system: You are a helpful assistant.
user:
Analyze the provided spectrum to determine if it is a **S-type Star**.

- **Key Indicators for S-type Star:**

    - **(Overall Spectrum Shape):** The first and most obvious characteristic is the overall continuum (the "baseline" shape). It is **extremely "red-sloping,"** meaning the flux (light intensity) is very low on the left side (blue, ~4000-4500 Å) and rises steeply and continuously toward the right side (red, ~7000 Å+).

    - **(Primary):** The spectrum is defined by the presence of strong, broad molecular absorption "valleys" (bands) from **Zirconium Oxide (ZrO)**. The identification of these bands is the **primary requirement** for classifying a star as S-type.
        - **(Key Bandheads):** You must find distinct, deep "dips" where the light has been absorbed. The most critical band systems to locate are:
            - **~6474 Å** ($\gamma$-system): This is often the strongest and clearest ZrO feature, found in the red part of the spectrum.
            - **~5718 Å** & **~5551 Å** ($\beta$-system): A pair of prominent absorption features in the yellow-orange part of the spectrum.
            - **~4640 Å** ($\alpha$-system): A key absorption band system in the blue-green region of the spectrum.

    - **(Secondary Confirmation):** The classification is strengthened by finding additional absorption bands from other related heavy element oxides, which are expected to be present alongside ZrO.
        - **(Key Bandheads):**
            - **Yttrium Oxide (YO):** Look for absorption dips near **~4800 Å** and **~6100 Å**.
            - **Lanthanum Oxide (LaO):** Additional absorption features, particularly in the red-orange part of the spectrum, are also characteristic.

    - **(Line Profile):** The combination of the steep red continuum and these numerous, deep molecular bands (ZrO, YO, etc.) gives the entire spectrum a very **"chopped-up"** or **"bumpy"** appearance. Instead of a smooth curve, the spectrum looks as though large, wide chunks of light have been "carved out" of it at the specific wavelengths listed above.

Think first, call **spectral_visualization_tool** if needed to examine features in detail, then provide your final answer. Your response must adhere to the following strict rules:
1.  **Overall Structure:** Your response must follow the format `<think>...</think> <tool_call>...</tool_call> (if a tool is used) <answer>...</answer>`.
2.  **Tool Usage Constraint:** You may only make **one** tool call per turn.
3.  **Final Answer Format:** In the `<answer>` tag, your conclusion must be inside a `\boxed{}` command (e.g., `\boxed{YES}` or `\boxed{NO}`), followed by your justification.

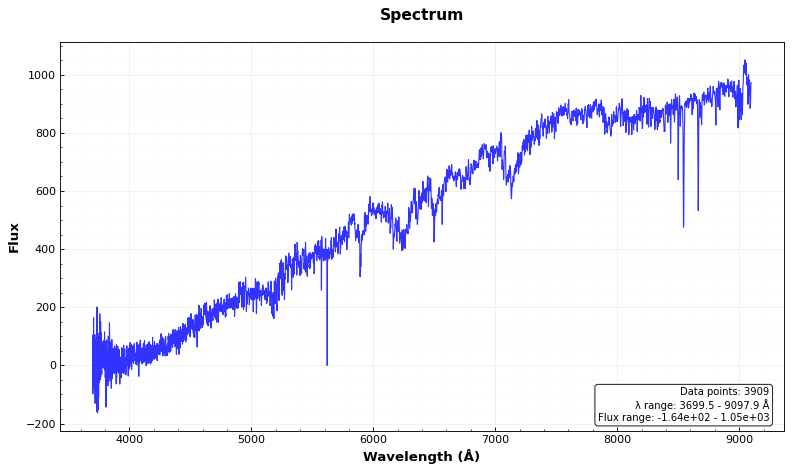
Answer: YES